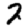
Digit: 7